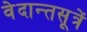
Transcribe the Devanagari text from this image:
वेदान्तसूत्रें